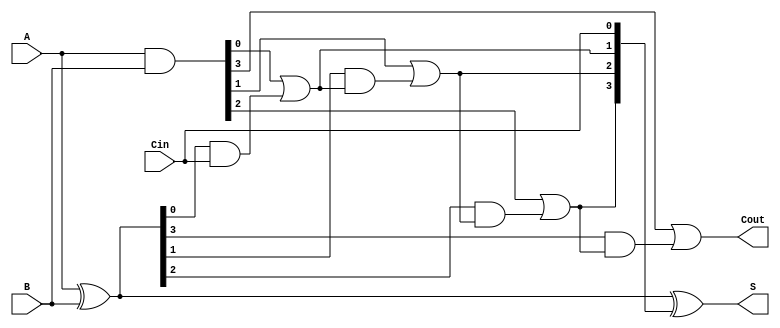
module VLCLA #(parameter N = 4) (
    input  wire [N-1:0] A,     // First n-bit operand
    input  wire [N-1:0] B,     // Second n-bit operand
    input  wire Cin,           // Carry input
    output wire [N-1:0] S,     // Sum output
    output wire Cout           // Carry output
);

    // Generate and Propagate signals
    wire [N-1:0] G; // Generate
    wire [N-1:0] P; // Propagate
    assign G = A & B;  // Gi = Ai AND Bi
    assign P = A ^ B;  // Pi = Ai XOR Bi

    // Carry lookahead signals
    wire [N:0] C; // Carry outputs
    assign C[0] = Cin; // C0 = Cin

    genvar i;
    generate
        for (i = 0; i < N; i = i + 1) begin : carry_logic
            if (i == 0) begin
                assign C[i+1] = G[i] | (P[i] & C[i]); // C1
            end else begin
                assign C[i+1] = G[i] | (P[i] & C[i]); // Ci+1 = Gi + Pi * Ci
            end
        end
    endgenerate

    // Sum calculation
    assign S = P ^ C[N-1:0]; // Si = Pi XOR Ci

    // Carry out
    assign Cout = C[N]; // Cout = Cn

endmodule